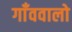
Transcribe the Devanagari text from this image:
गाँववालो